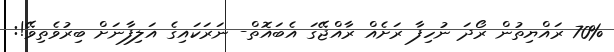
70% ރައްޔިތުން ރޯދަ ނުހިފާ ރަށެއް ރާއްޖޭގަ އެބައޮތް- ނަރަކައިގެ އަލިފާނަށް ބިރުވެތިވޭ!: